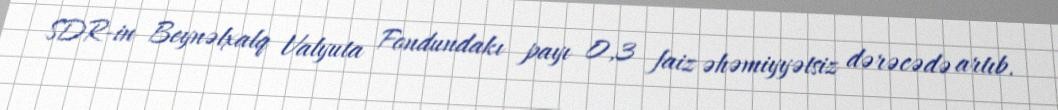
SDR-in Beynəlxalq Valyuta Fondundakı payı 0,3 faiz əhəmiyyətsiz dərəcədə artıb.